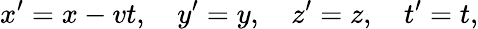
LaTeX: x^{\prime}=x-vt,\quad y^{\prime}=y,\quad z^{\prime}=z,\quad t^{\prime}=t,